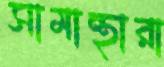
সামান্থারা